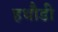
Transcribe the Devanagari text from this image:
हथौडी